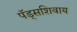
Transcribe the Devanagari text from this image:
पॅड्सशिवाय